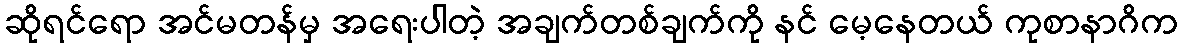
ဆိုရင်ရော အင်မတန်မှ အရေးပါတဲ့ အချက်တစ်ချက်ကို နင် မေ့နေတယ် ကုစာနာဂိက